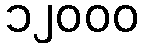
၁၂၀၀၀